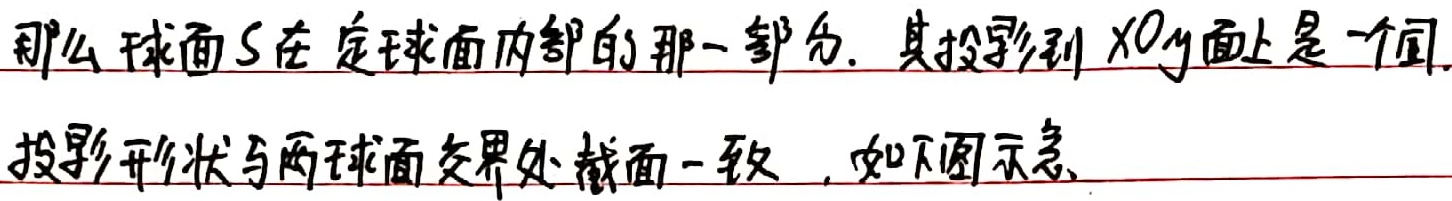
那么球面\(S\)在定球面内部的那一部分，其投影到 \(xOy\)面上是一个圆。投影形状与两球面交界处截面一致，如下图示意